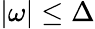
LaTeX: |\omega|\le\Delta